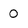
Character: 0